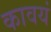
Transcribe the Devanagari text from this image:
कावयं